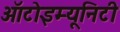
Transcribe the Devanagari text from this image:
ऑटोइम्यूनिटी